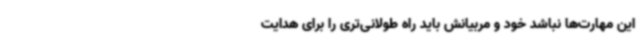
این مهارت‌ها نباشد خود و مربیانش باید راه طولانی‌تری را برای هدایت